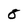
Character: 8